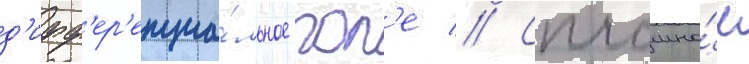
д'ифф'ер'енциа́льное пол'е // Сплошно́е